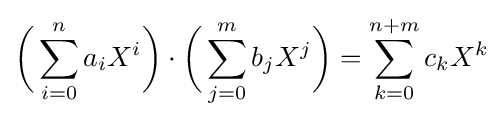
{\biggl (}\sum _{i=0}^{n}a_{i}X^{i}{\biggr )}\cdot {\biggl (}\sum _{j=0}^{m}b_{j}X^{j}{\biggr )}=\sum _{k=0}^{n+m}c_{k}X^{k}